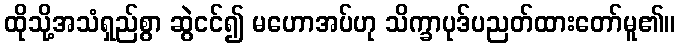
ထိုသို့အသံရှည်စွာ ဆွဲငင်၍ မဟောအပ်ဟု သိက္ခာပုဒ်ပညတ်ထားတော်မူ၏။